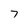
Character: 7